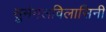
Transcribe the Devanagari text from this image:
सुमंगलविलासिनी